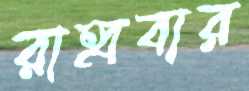
রাহ্ববার